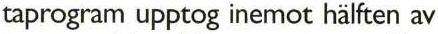
taprogram upptog inemot hälften av